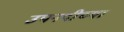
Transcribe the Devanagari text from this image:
उपनदीच्या